Annual report on the lock hospitals of the Madras Presidency
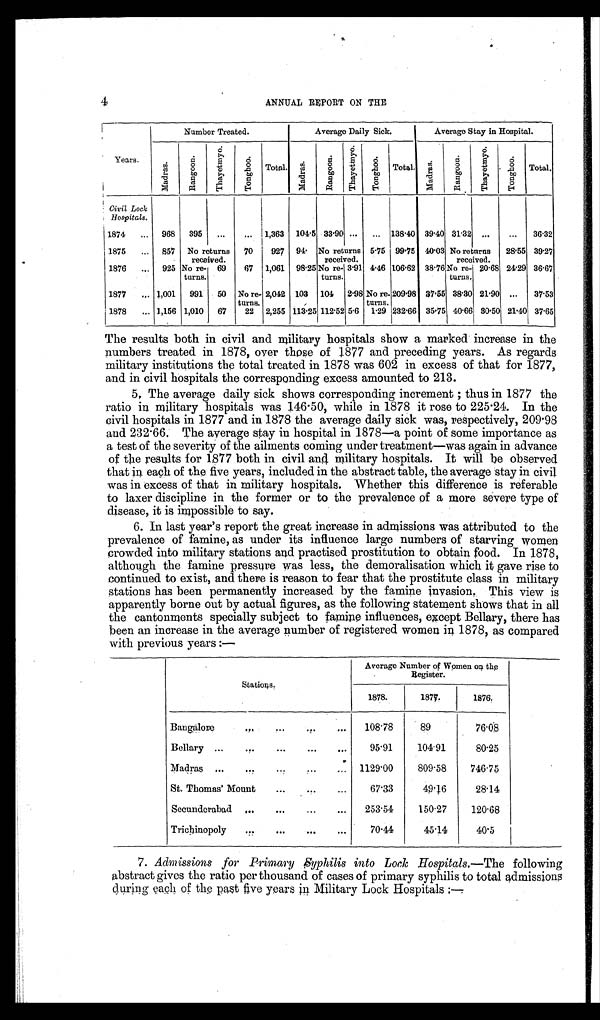
4
ANNUAL REPORT ON THE
Number Treated.
Average Daily Sick.
Average Stay in Hospital.
Years.
M a d r a s . R a n g o o n .
T h a y e t m y o .
T o n g h o o .
Total.
M a d r a s .
R a n g o o n . T h a y e t m y o .
T o n g h o o .
Total.
M a d r a s .
R a n g o o n .
T h a y e t m y o . T o n g h o o .
Total.
Civil Lock
Hospitals.
1874 ... 968 395 ... ... 1,363 104.5 33.90 ... ... 138.40 39.40 31.32 ... ... 36.32
1875 ... 857 No returns
received.
70 927 94. No returns
received.
5.75 99.75 40.03 No returns
received.
28.55 39.27
1876 ... 925 No re-
turns.
69 67 1,061 98.25No re-
turns.
3.91 4.46 106.62 38.76No re-
turns,
20.68 24.29 36.67
1877 „. 1,001 991 50 No re-
turns.
2,042 103 104 2.98No re -
turns.
209.98 37.55 38.30 21.90 ... 37.53
1878 ... 1,156 1,010 67 22 2,255 113.25 112.52 5.6 1.29 232.66 35.75 40.66 30.50 21.40 37.65
The results both in civil and military hospitals show a marked increase in the
numbers treated in 1878, over those of 1877 and preceding years. As regards
military institutions the total treated in 1878 was 602 in excess of that for 1877,
and in civil hospitals the corresponding excess amounted to 213.
5, The average daily sick shows corresponding increment ; thus in 1877 the
ratio in military hospitals was 146.50, while in 1878 it rose to 225.24. In the
civil hospitals in 1877 and in 1878 the average daily sick was, respectively, 209.98
and 232.66. The average stay in hospital in 1878—a point of some importance as
a test of the severity of the ailments coming under treatment—was again in advance
of the results for 1877 both in civil and military hospitals. It will be observed
that in each of the five years, included in the abstract table, the average stay in civil
was in excess of that in military hospitals. Whether this difference is referable
to laxer discipline in the former or to the prevalence of a more severe type of
disease, it is impossible to say.
6. In last year's report the great increase in admissions was attributed to the
prevalence of famine, as under its influence large numbers of starving women
crowded into military stations and practised prostitution to obtain food. In 1878,
although the famine pressure was less, the demoralisation which it gave rise to
continued to exist, and there is reason to fear that the prostitute class in military
stations has been permanently increased by the famine invasion, This view is
apparently borne out by actual figures, as the following statement shows that in all
the cantonments specially subject to famine influences, except Bellary, there has
been an increase in the average number of registered women in 1878, as compared
with previous years :—
Stations.
Average Number of Women on th
e Register.
1878.
1877.
1876.
Bangalore
108.78
89
76.08
Bellary ...
...
...
... ...
95.91
104.91
80.25
Madras ...
...
...
... 1129.00
809.58
746.75
St. Thomas' Mount
...
...
...
67.33
49.6
28.14
Secunderabad ...
...
...
... 253.54
150.27
120.68
Trichinopoly
...
...
... . . . 70.44
45.14
40.5
7. Admissions for Primary Syphilis into Lock Hospitals.—The following
abstract gives the ratio per thousand of cases of primary syphilis to total admissions
during each of the past five years in Military Lock Hospitals :—